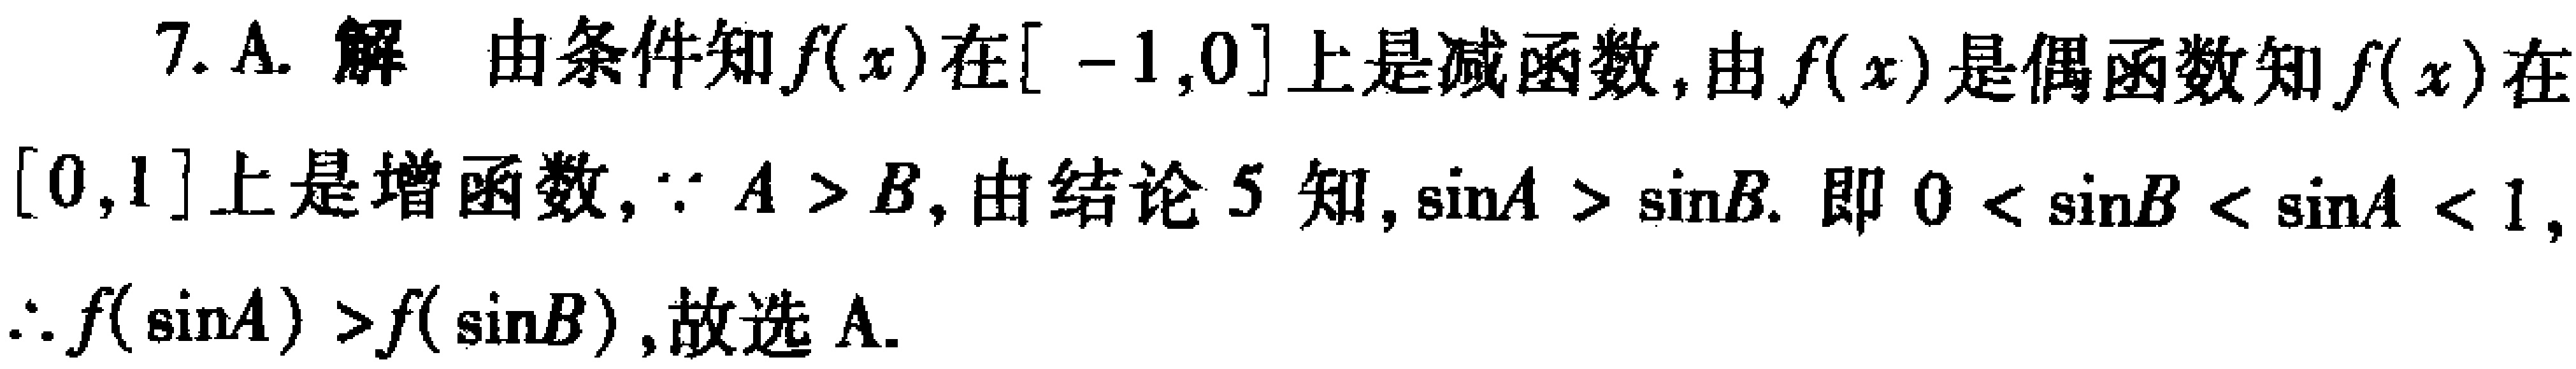
7. A. 解 由条件知\(f(x)\)在\([ - 1,0]\)上是减函数, 由\(f(x)\)是偶函数知\(f(x)\)在\([0,1]\)上是增函数, \(\because A > B\), 由结论 5 知, \(\sin A > \sin B\). 即 \(0 < \sin B < \sin A < 1\), \(\therefore f(\sin A) > f(\sin B)\), 故选 A.